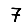
Digit: 7